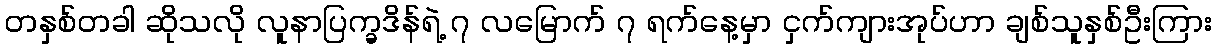
တနှစ်တခါ ဆိုသလို လူနာပြက္ခဒိန်ရဲ့ ၇ လမြောက် ၇ ရက်နေ့မှာ ငှက်ကျားအုပ်ဟာ ချစ်သူနှစ်ဦးကြား